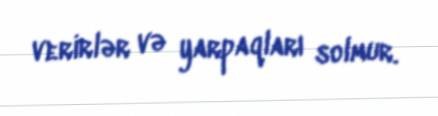
verirlər və yarpaqları solmur.